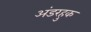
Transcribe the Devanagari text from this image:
अंडरहुक